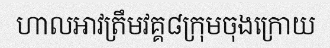
ហាលអាវត្រឹមវគ្គ៨ក្រុមចុងក្រោយ